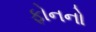
ફોનનો